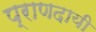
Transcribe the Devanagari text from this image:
प्राणदायी